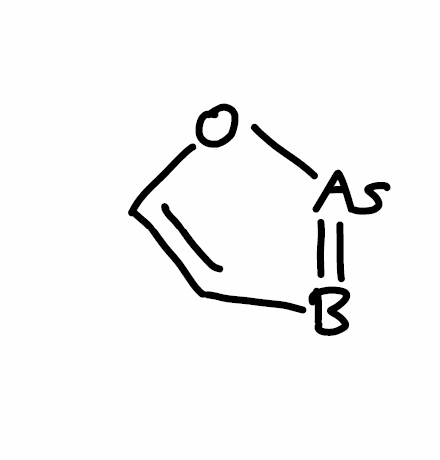
Simplified molecular-input line-entry system (SMILES) notation of the given molecule:
B1=[As]OC=C1